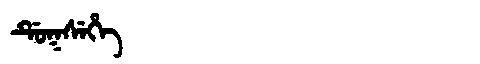
Manchu: ᡩᡠᡴᠰᡝᡥᡝ
Romanization: DUKSEHE